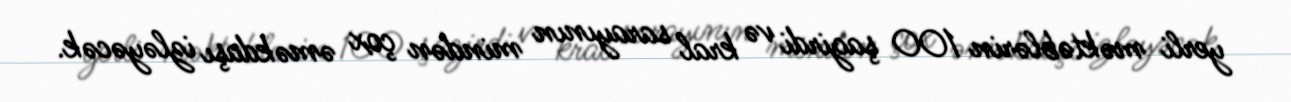
yerli məktəblərin 100 şagirdi və kral sarayının mindən çox əməkdaşı izləyəcək.